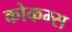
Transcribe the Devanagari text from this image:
कोकम्स